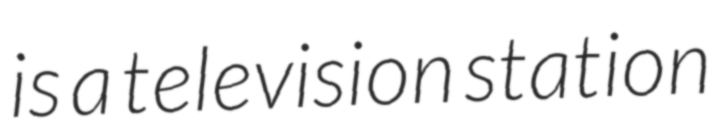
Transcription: is a television station